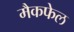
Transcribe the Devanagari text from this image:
मैकफेल